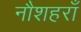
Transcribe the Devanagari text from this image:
नौशहराँ